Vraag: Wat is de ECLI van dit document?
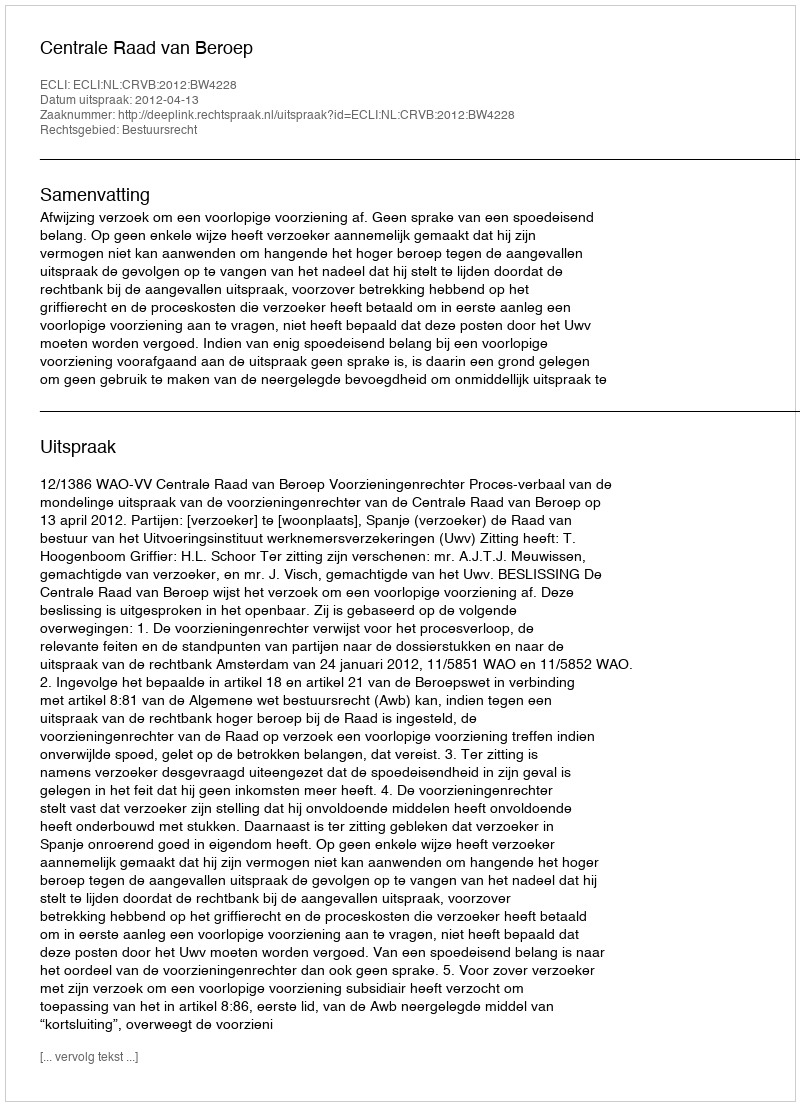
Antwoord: ECLI:NL:CRVB:2012:BW4228